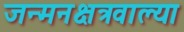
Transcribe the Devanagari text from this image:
जन्मनक्षत्रवाल्या